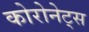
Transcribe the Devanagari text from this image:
कोरोनेट्स